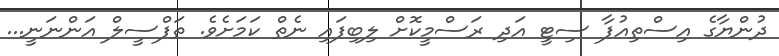
ދުންޔާގެ އިސްތިއުފާ ސިޓީ އަދި ރަސްމީކޮށް ލިބިފައި ނެތް ކަމަށެވެ. ތަފްސީލް އަންނަނީ...